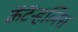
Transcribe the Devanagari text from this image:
कॅटॅर्‍हलिस